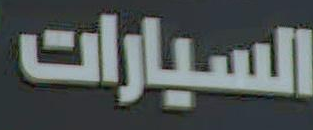
السيارات